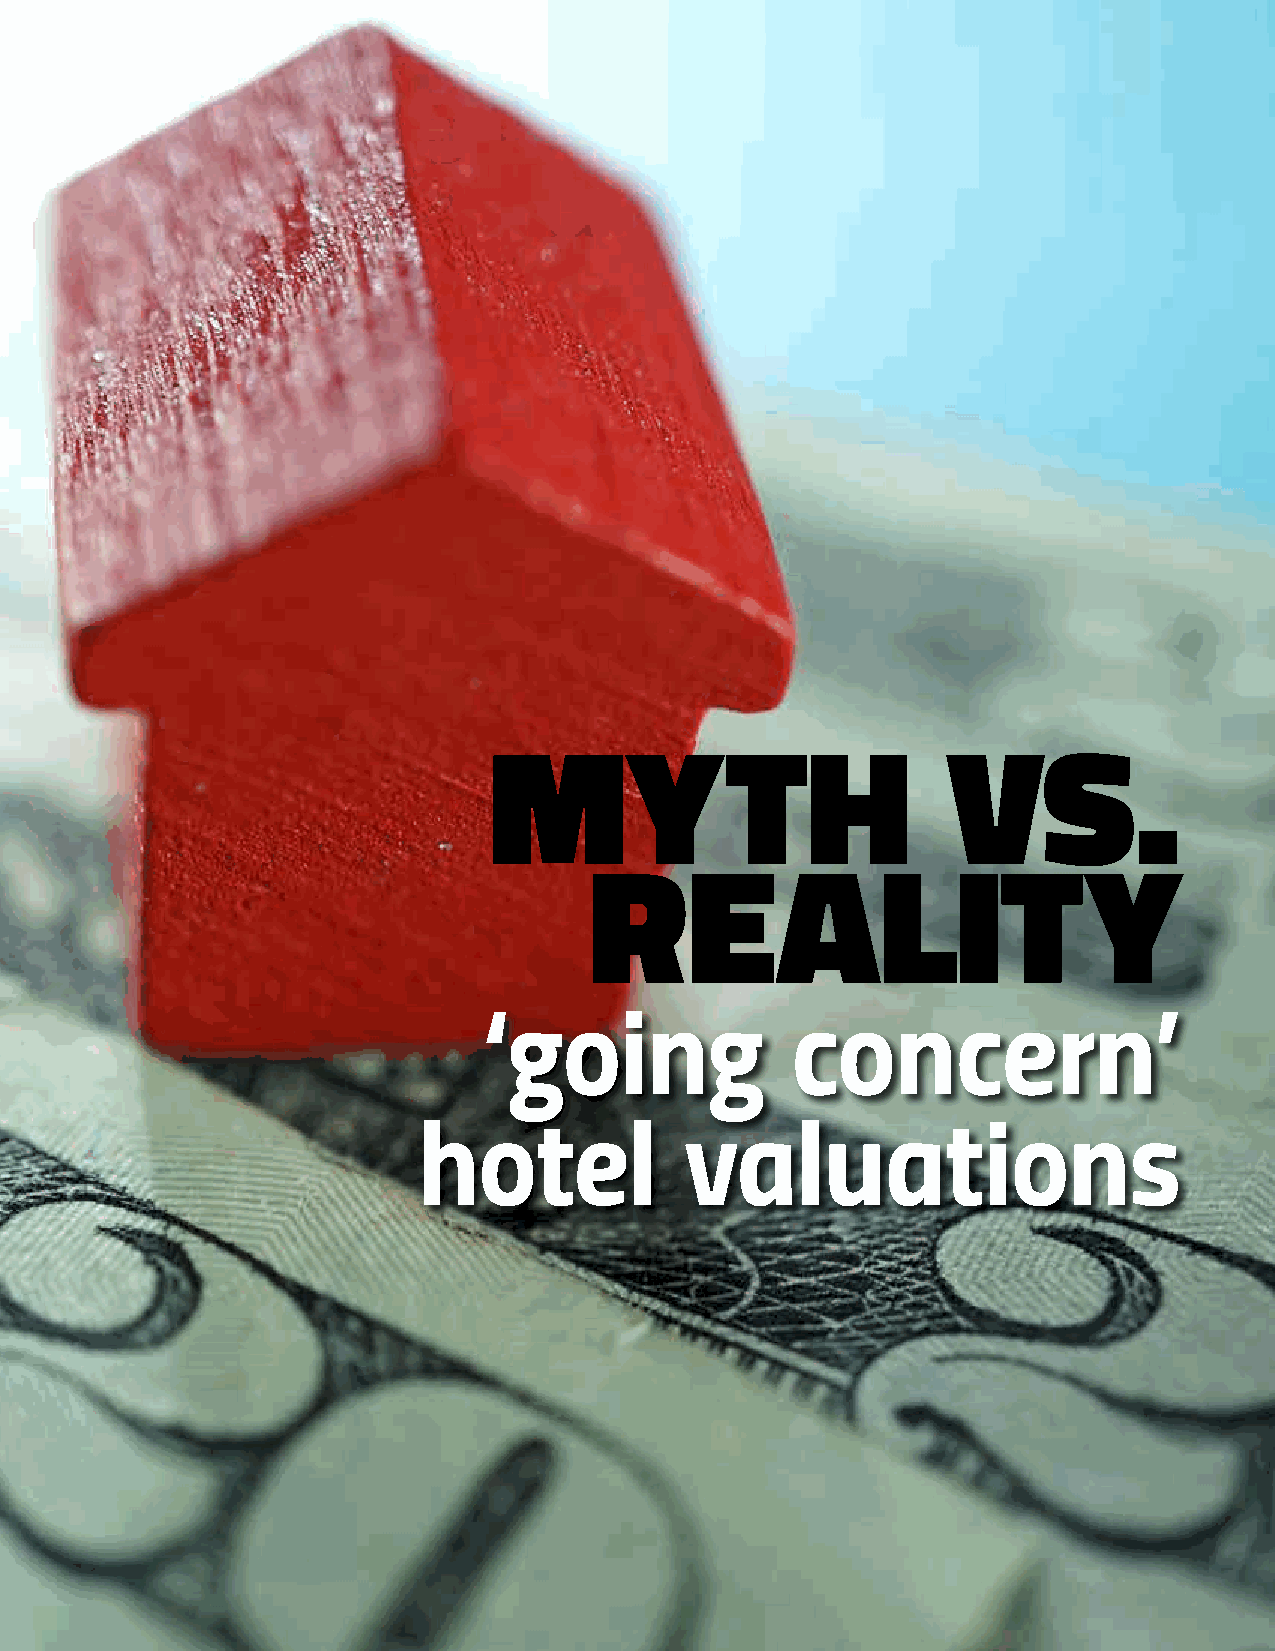
MYTH                           VS.
 REALITY
 ‘going              concern’
 hotel            valuations
 6 Fair+Equitable JANUARY 2022